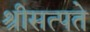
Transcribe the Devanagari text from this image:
श्रीसत्पते